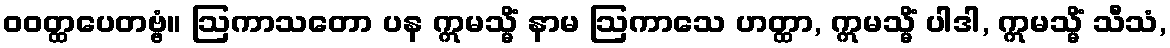
ဝဝတ္ထပေတဗ္ဗံ။ ဩကာသတော ပန ဣမသ္မိံ နာမ ဩကာသေ ဟတ္ထာ, ဣမသ္မိံ ပါဒါ, ဣမသ္မိံ သီသံ,